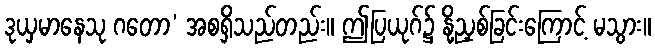
ဒုယှမာနေသု ဂတော’ အစရှိသည်တည်း။ ဤပြယုဂ်၌ နို့ညှစ်ခြင်းကြောင့် မသွား။